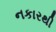
નકારથી